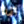
لقد